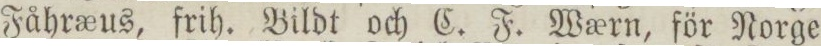
Fåhræus, frih. Bildt och C. F. Wærn, för Norge